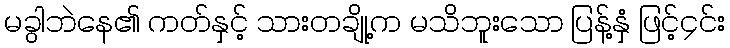
မခွါဘဲနေ၏ ကတ်နှင့် သားတချို့က မသိဘူးသော ပြန့်နှံ ဖြင့်၄င်း